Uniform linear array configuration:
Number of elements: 48
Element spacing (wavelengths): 0.5
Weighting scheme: hann
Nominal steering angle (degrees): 0
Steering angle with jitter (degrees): -0.1388
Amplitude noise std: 0.05
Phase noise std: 0.05

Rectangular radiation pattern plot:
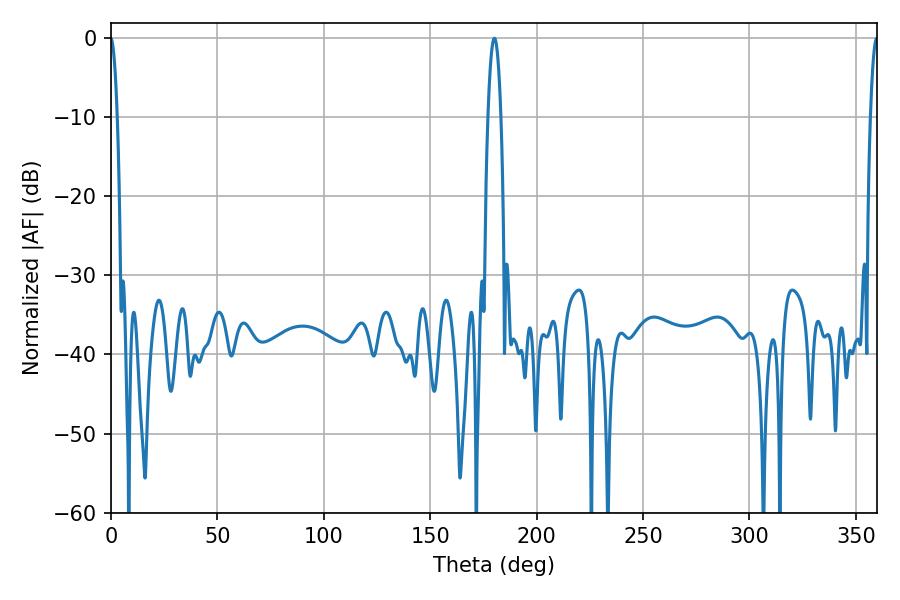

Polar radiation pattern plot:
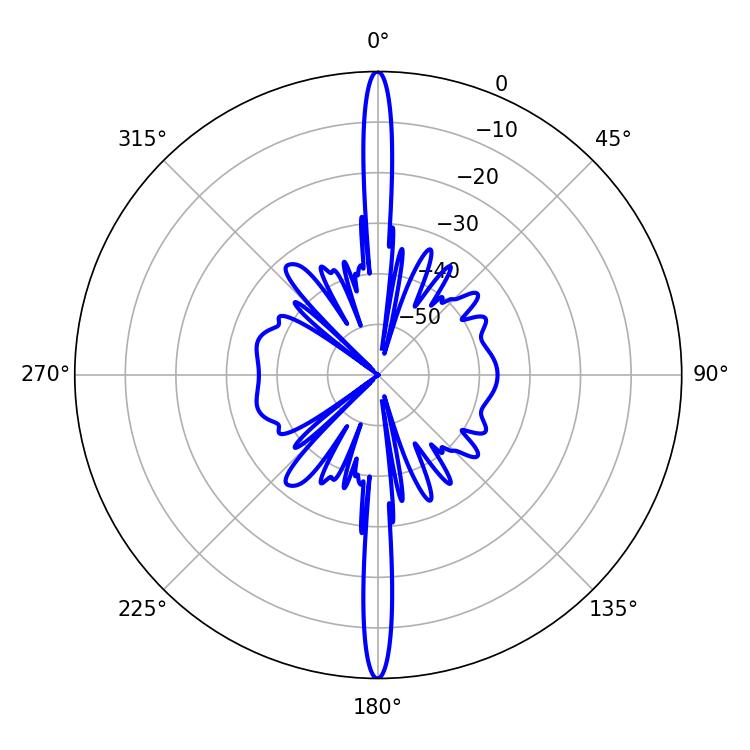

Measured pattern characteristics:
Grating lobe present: FALSE
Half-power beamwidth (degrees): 3.24
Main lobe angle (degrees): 180.18